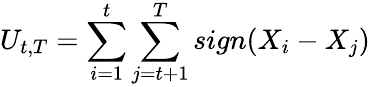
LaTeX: U_{t,T}=\sum_{i=1}^{t}\sum_{j=t+1}^{T}sign(X_{i}-X_{j})